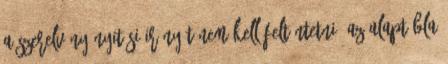
a szerelvény nyitási irányát nem kell feltüntetni. Az alaptábla